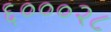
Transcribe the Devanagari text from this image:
६०००२८